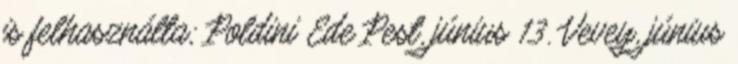
is felhasználta; Poldini Ede Pest, június 13. Vevey, június